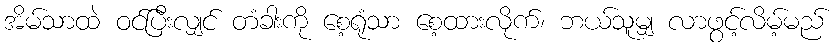
အိမ်သာထဲ ဝင်ပြီးလျှင် တံခါးကို စေ့ရုံသာ စေ့ထားလိုက်၊ ဘယ်သူမျှ လာဖွင့်လိမ့်မည်